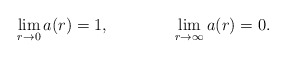
\begin{align*}\lim_{r \rightarrow 0} a(r)=1, \qquad \qquad \lim_{r \rightarrow \infty} a(r) =0.\end{align*}